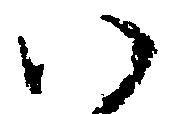
い